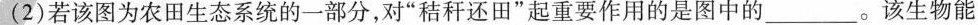
(2)若该图为农田生态系统的一部分，对”秸秆还田”起重要作用的是图中的___。该生物能